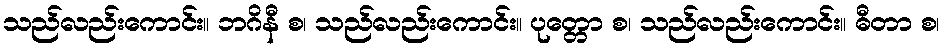
သည်လည်းကောင်း။ ဘဂိနီ စ၊ သည်လည်းကောင်း။ ပုတ္တော စ၊ သည်လည်းကောင်း။ ဓီတာ စ၊